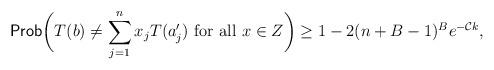
LaTeX: \begin{align*} \mbox{\sf Prob}\bigg(T(b)\neq \sum\limits_{j=1}^n x_jT(a'_j) \mbox{ for all }x\in Z\bigg) \ge 1 - 2(n+B-1)^{B}e^{-\mathcal{C}k}, \end{align*}